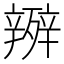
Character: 𭮧